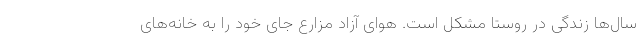
سال‌ها زندگی در روستا مشکل است. هوای آزاد مزارع جای خود را به خانه‌های